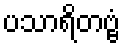
ပသာရိတဗ္ဗံ